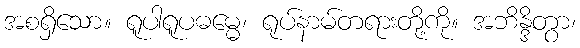
အစရှိသော။ ရူပါရူပဓမ္မေ၊ ရုပ်နာမ်တရားတို့ကို။ အဘိန္ဒိတွာ၊